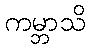
ကမ္ဘာသိ